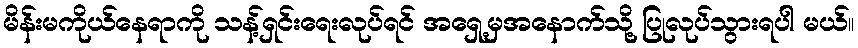
မိန်းမကိုယ်နေရာကို သန့်ရှင်းရေးလုပ်ရင် အရှေ့မှအနောက်သို့ ပြုလုပ်သွားရပါ မယ်။